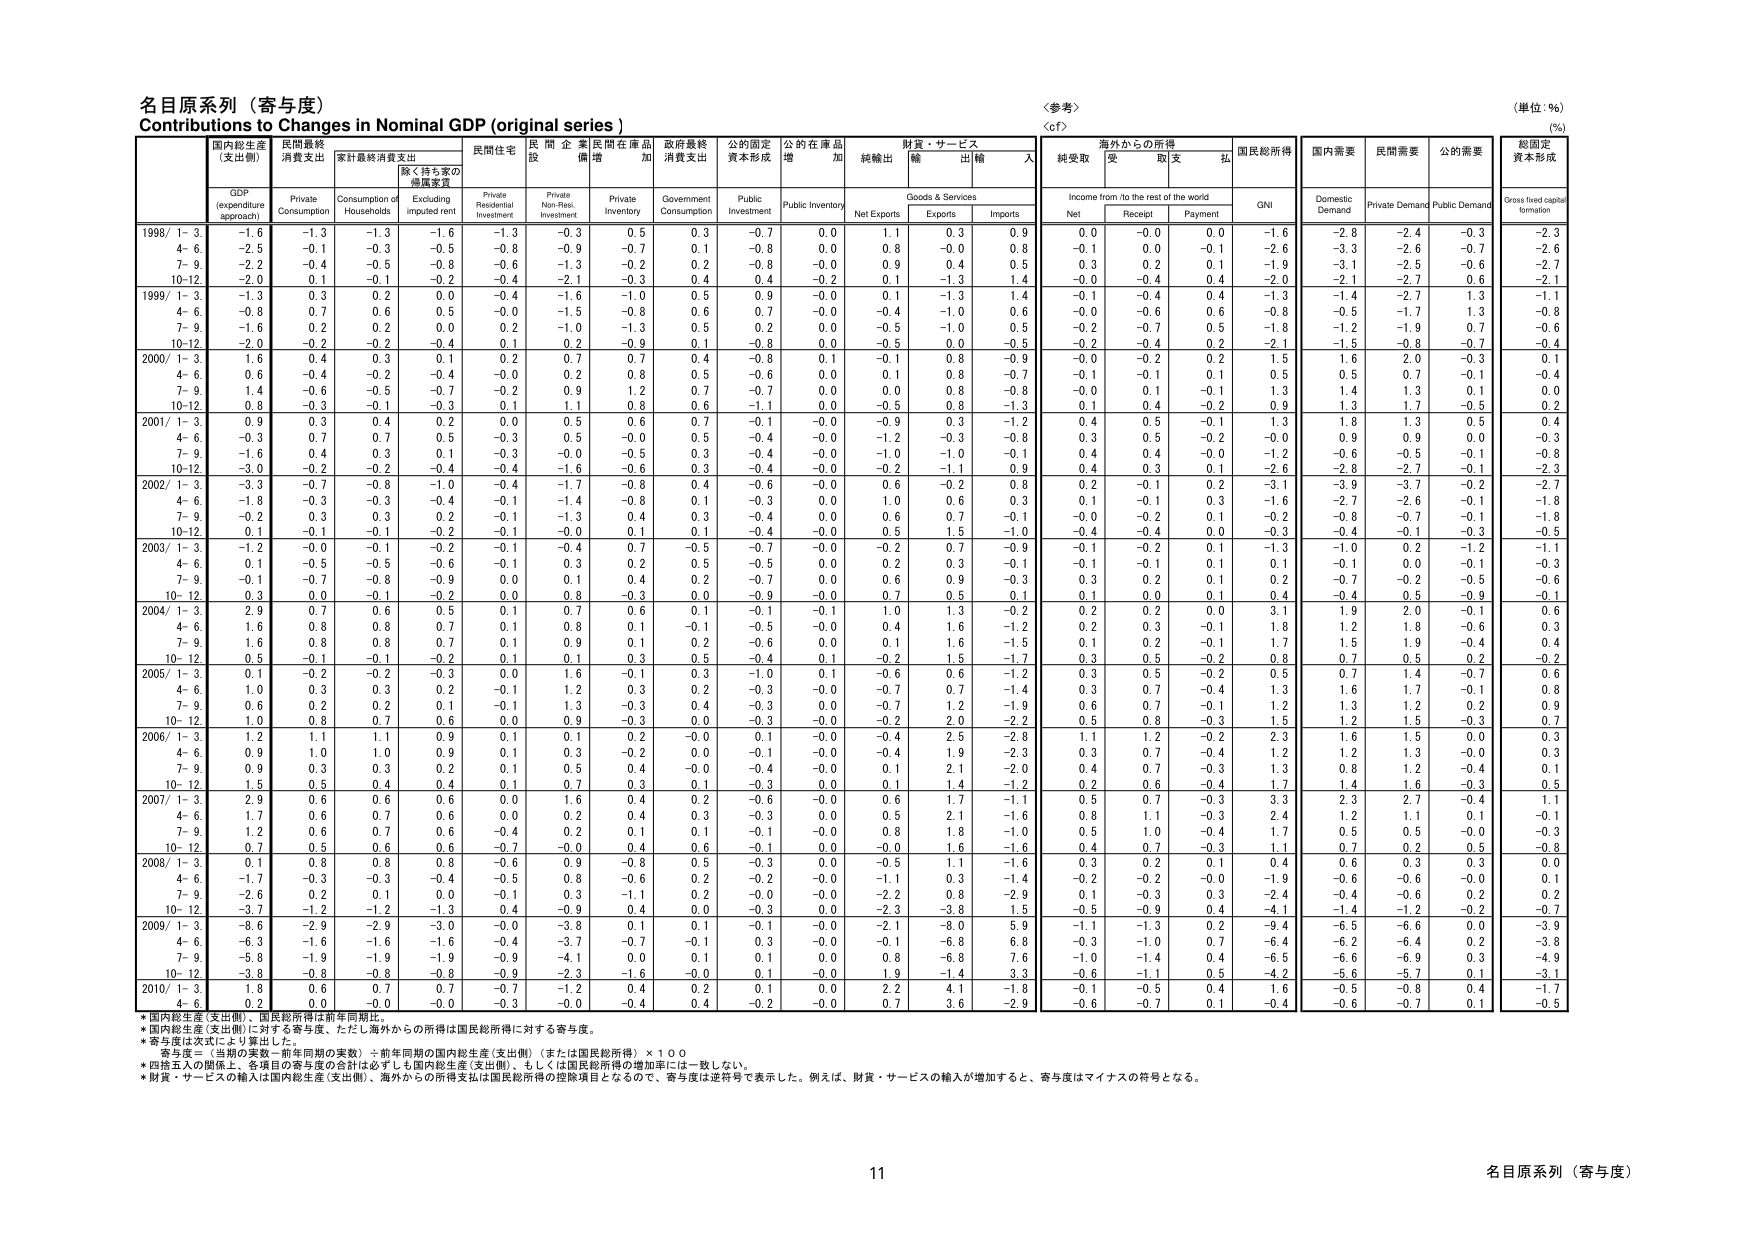
名目原系列（寄与度）
Contributions to Changes in Nominal GDP (original series)
＜参考＞
（単位：%）
（%）

GDP
(expenditure approach)
国内総生産
(支出側)
民間最終
消費支出
家計最終消費支出
除く持ち家の
帰属家賃
民間住宅
投資
民間企業
設備投資
民間在庫品
増加
政府最終
消費支出
公的固定
資本形成
公的在庫品
増加
純輸出
財貨・サービス
輸出
輸入
海外からの所得
純受取
受取
支払
国民総所得
国内需要
民間需要
公的需要
総固定
資本形成

Private
Consumption
Consumption of Households
Excluding imputed rent
Private
Residential
Investment
Private
Non-Res.
Investment
Private
Inventory
Government
Consumption
Public
Investment
Public Inventory
Net Exports
Goods & Services
Exports
Imports
Income from /to the rest of the world
Net
Receipt
Payment
GNI
Domestic
Demand
Private Demand
Public Demand
Gross fixed capital formation

1998/ 1- 3
-1.6
-1.3
-1.3
-1.6
-1.3
-0.3
0.5
0.3
-0.7
0.0
1.1
0.3
0.9
0.0
-0.0
0.0
-1.6
-2.8
-2.4
-0.3
-2.3
4- 6
-2.5
-0.1
-0.3
-0.5
-0.8
-0.9
-0.7
0.1
-0.8
0.0
0.8
-0.0
0.8
-0.1
0.0
-0.1
-2.6
-3.3
-2.6
-0.7
-2.6
7- 9
-2.2
-0.4
-0.5
-0.8
-0.6
-1.3
-0.2
0.2
-0.8
-0.0
0.9
0.4
0.5
0.3
0.2
0.1
-1.9
-3.1
-2.5
-0.6
-2.7
10-12
-2.0
0.1
-0.1
-0.2
-0.4
-2.1
-0.3
0.4
0.4
-0.2
0.1
-1.3
1.4
-0.0
-0.4
0.4
-2.0
-2.1
-2.7
0.6
-2.1

1999/ 1- 3
-1.3
0.3
0.2
0.0
-0.4
-1.6
-1.0
0.5
0.9
-0.0
0.1
-1.3
1.4
-0.1
-0.4
0.4
-1.3
-1.4
-2.7
1.3
-1.1
4- 6
-0.8
0.7
0.6
0.5
-0.0
-1.5
-0.8
0.6
0.7
-0.0
-0.4
-1.0
0.6
-0.0
-0.6
0.6
-0.8
-0.5
-1.7
1.3
-0.8
7- 9
-1.6
0.2
0.2
0.0
0.2
-1.0
-1.3
0.5
0.2
0.0
-0.5
-1.0
0.5
-0.2
-0.7
0.5
-1.8
-1.2
-1.9
0.7
-0.6
10-12
-2.0
-0.2
-0.2
-0.4
0.1
0.2
-0.9
0.1
-0.8
0.0
-0.5
0.0
-0.5
-0.2
-0.4
0.2
-2.1
-1.5
-0.8
-0.7
-0.4

2000/ 1- 3
1.6
0.4
0.3
0.1
0.2
0.7
0.7
0.4
-0.8
0.1
-0.1
0.8
-0.9
-0.0
-0.2
0.2
1.5
1.6
2.0
-0.3
0.1
4- 6
0.6
-0.4
-0.2
-0.4
-0.0
0.2
0.8
0.5
-0.6
0.0
0.1
0.8
-0.7
-0.1
-0.1
0.1
0.5
0.5
0.7
-0.1
-0.4
7- 9
1.4
-0.6
-0.5
-0.7
-0.2
0.9
1.2
0.7
-0.7
0.0
0.0
0.8
-0.8
-0.0
0.1
-0.1
1.3
1.4
1.3
0.1
0.0
10-12
0.8
-0.3
-0.1
-0.3
0.1
1.1
0.8
0.6
-1.1
0.0
-0.5
0.8
-1.3
0.1
0.4
-0.2
0.9
1.3
1.7
-0.5
0.2

2001/ 1- 3
0.9
0.3
0.4
0.2
0.0
0.5
0.6
0.7
-0.1
-0.0
-0.9
0.3
-1.2
0.4
0.5
-0.1
1.3
1.8
1.3
0.5
0.4
4- 6
-0.3
0.7
0.7
0.5
-0.3
0.5
-0.0
0.5
-0.4
-0.0
-1.2
-0.3
-0.8
0.3
0.5
-0.2
-0.0
0.9
0.9
0.0
-0.3
7- 9
-1.6
0.4
0.3
0.1
-0.3
-0.0
-0.5
0.3
-0.4
-0.0
-1.0
-1.0
-0.1
0.4
0.4
-0.0
-1.2
-0.6
-0.5
-0.1
-0.8
10-12
-3.0
-0.2
-0.2
-0.4
-0.4
-1.6
-0.6
0.3
-0.4
-0.0
-0.2
-1.1
0.9
0.4
0.3
0.1
-2.6
-2.8
-2.7
-0.1
-2.3

2002/ 1- 3
-3.3
-0.7
-0.8
-1.0
-0.4
-1.7
-0.8
0.4
-0.6
-0.0
0.6
-0.2
0.8
0.2
-0.1
0.2
-3.1
-3.9
-3.7
-0.2
-2.7
4- 6
-1.8
-0.3
-0.3
-0.4
-0.1
-1.4
-0.8
0.1
-0.3
0.0
1.0
0.6
0.3
0.1
-0.1
0.3
-1.6
-2.7
-2.6
-0.1
-1.8
7- 9
-0.2
0.3
0.3
0.2
-0.1
-1.3
0.4
0.3
-0.4
0.0
0.6
0.7
-0.1
-0.0
-0.2
0.1
-0.2
-0.8
-0.7
-0.1
-1.8
10-12
0.1
-0.1
-0.1
-0.2
-0.1
-0.0
0.1
0.1
-0.4
-0.0
0.5
1.5
-1.0
-0.4
-0.4
0.0
-0.3
-0.4
-0.1
-0.3
-0.5

2003/ 1- 3
-1.2
-0.0
-0.1
-0.2
-0.1
-0.4
0.7
-0.5
-0.7
-0.0
-0.2
0.7
-0.9
-0.1
-0.2
0.1
-1.3
-1.0
0.2
-1.2
-1.1
4- 6
0.1
-0.5
-0.5
-0.6
-0.1
0.3
0.2
0.5
-0.5
0.0
0.2
0.3
-0.1
-0.1
-0.1
0.1
0.1
-0.1
0.0
-0.1
-0.3
7- 9
-0.1
-0.7
-0.8
-0.9
0.0
0.1
0.4
0.2
-0.7
0.0
0.6
0.9
-0.3
0.3
0.2
0.1
0.2
-0.7
-0.2
-0.5
-0.6
10- 12
0.3
0.0
-0.1
-0.2
0.0
0.8
-0.3
0.0
-0.9
-0.0
0.7
0.5
0.1
0.1
0.0
0.1
0.4
-0.4
0.5
-0.9
-0.1

2004/ 1- 3
2.9
0.7
0.6
0.5
0.1
0.7
0.6
0.1
-0.1
-0.1
1.0
1.3
-0.2
0.2
0.2
0.0
3.1
1.9
2.0
-0.1
0.6
4- 6
1.6
0.8
0.8
0.7
0.1
0.8
0.1
-0.1
-0.5
-0.0
0.4
1.6
-1.2
0.2
0.3
-0.1
1.8
1.2
1.8
-0.6
0.3
7- 9
1.6
0.8
0.8
0.7
0.1
0.9
0.2
0.2
-0.6
0.0
0.1
1.6
-1.5
0.1
0.2
-0.1
1.7
1.5
1.9
-0.4
0.4
10- 12
0.5
-0.1
-0.1
-0.2
0.1
0.1
0.3
0.5
-0.4
0.1
-0.2
1.5
-1.7
0.3
0.5
-0.2
0.8
0.7
0.5
0.2
-0.2

2005/ 1- 3
0.1
-0.2
-0.2
-0.3
0.0
1.6
-0.1
0.3
-1.0
0.1
-0.6
0.6
-1.2
0.3
0.5
-0.2
0.5
0.7
1.4
-0.7
0.6
4- 6
1.0
0.3
0.3
0.2
-0.1
1.2
0.3
0.2
-0.3
-0.0
-0.7
0.7
-1.4
0.3
0.7
-0.4
1.3
1.6
1.7
-0.1
0.8
7- 9
0.6
0.2
0.2
0.1
-0.1
1.3
-0.3
0.4
-0.3
0.0
-0.7
1.2
-1.9
0.6
0.7
-0.1
1.2
1.3
1.2
0.2
0.9
10- 12
1.0
0.8
0.7
0.6
0.0
0.9
-0.3
0.0
-0.3
-0.0
-0.2
2.0
-2.2
0.5
0.8
-0.3
1.5
1.2
1.5
-0.3
0.7

2006/ 1- 3
1.2
1.1
1.1
0.9
0.1
0.1
0.2
-0.0
0.1
-0.0
-0.4
2.5
-2.8
1.1
1.2
-0.2
2.3
1.6
1.5
0.0
0.3
4- 6
0.9
1.0
1.0
0.9
0.1
0.3
-0.2
0.0
-0.1
-0.0
-0.4
1.9
-2.3
0.3
0.7
-0.4
1.2
1.2
1.3
-0.0
0.3
7- 9
0.9
0.3
0.3
0.2
0.1
0.5
0.4
-0.0
-0.4
-0.0
0.1
2.1
-2.0
0.4
0.7
-0.3
1.3
0.8
1.2
-0.4
0.1
10- 12
1.5
0.5
0.4
0.4
0.1
0.7
0.3
0.1
-0.3
0.0
0.1
1.4
-1.2
0.2
0.6
-0.4
1.7
1.4
1.6
-0.3
0.5

2007/ 1- 3
2.9
0.6
0.6
0.6
0.0
1.6
0.4
0.2
-0.6
-0.0
0.6
1.7
-1.1
0.5
0.7
-0.3
3.3
2.3
2.7
-0.4
1.1
4- 6
1.7
0.6
0.7
0.6
0.0
0.2
0.4
0.3
-0.3
0.0
0.5
2.1
-1.6
0.8
1.1
-0.3
2.4
1.2
1.1
0.1
-0.1
7- 9
1.2
0.6
0.7
0.6
-0.4
0.2
0.1
0.1
-0.1
-0.0
0.8
1.8
-1.0
0.5
1.0
-0.4
1.7
0.5
0.5
-0.0
-0.3
10- 12
0.7
0.5
0.6
0.6
-0.7
-0.0
0.4
0.6
-0.1
0.0
-0.0
1.6
-1.6
0.4
0.7
-0.3
1.1
0.7
0.2
0.5
-0.8

2008/ 1- 3
0.1
0.8
0.8
0.8
-0.6
0.9
-0.8
0.5
-0.3
0.0
-0.5
1.1
-1.6
0.3
0.2
0.1
0.4
0.6
0.3
0.3
0.0
4- 6
-1.7
-0.3
-0.3
-0.4
-0.5
0.8
-0.6
0.2
-0.2
-0.0
-1.1
0.3
-1.4
-0.2
-0.2
-0.0
-1.9
-0.6
-0.6
-0.0
0.1
7- 9
-2.6
0.2
0.1
0.0
-0.1
0.3
-1.1
0.2
-0.0
-0.0
-2.2
0.8
-2.9
0.1
-0.3
0.3
-2.4
-0.4
-0.6
0.2
0.2
10- 12
-3.7
-1.2
-1.2
-1.3
0.4
-0.9
0.4
0.0
-0.3
0.0
-2.3
-3.8
1.5
-0.5
-0.9
0.4
-4.1
-1.4
-1.2
-0.2
-0.7

2009/ 1- 3
-8.6
-2.9
-2.9
-3.0
-0.0
-3.8
0.1
0.1
-0.1
-0.0
-2.1
-8.0
5.9
-1.1
-1.3
0.2
-9.4
-6.5
-6.6
0.0
-3.9
4- 6
-6.3
-1.6
-1.6
-1.6
-0.4
-3.7
-0.7
-0.1
0.3
-0.0
-0.1
-6.8
6.8
-0.3
-1.0
0.7
-6.4
-6.2
-6.4
0.2
-3.8
7- 9
-5.8
-1.9
-1.9
-1.9
-0.9
-4.1
0.0
0.1
0.1
0.0
0.8
-6.8
7.6
-1.0
-1.4
0.4
-6.5
-6.6
-6.9
0.3
-4.9
10- 12
-3.8
-0.8
-0.8
-0.8
-0.9
-2.3
-1.6
-0.0
0.1
-0.0
1.9
-1.4
3.3
-0.6
-1.1
0.5
-4.2
-5.6
-5.7
0.1
-3.1

2010/ 1- 3
1.8
0.6
0.7
0.7
-0.7
-1.2
0.4
0.2
0.1
0.0
2.2
4.1
-1.8
-0.1
-0.5
0.4
1.6
-0.5
-0.8
0.4
-1.7
4- 6
0.2
0.0
-0.0
-0.0
-0.3
-0.0
-0.4
0.4
-0.2
-0.0
0.7
3.6
-2.9
-0.6
-0.7
0.1
-0.4
-0.6
-0.7
0.1
-0.5

*国内総生産（支出側）、国民総所得は前年同月比。
*国内総生産（支出側）に対する寄与度、ただし海外からの所得は国民総所得に対する寄与度。
*寄与度は次式により算出した。
　　寄与度＝（当期の実数－前年同期の実数）÷前年同期の国内総生産（支出側）（または国民総所得）×100
*四捨五入の関係上、各項目の寄与度の合計は必ずしも国内総生産（支出側）、もしくは国民総所得の増加率には一致しない。
*財貨・サービスの輸入は国内総生産（支出側）、海外からの所得支払は国民総所得の控除項目となるので、寄与度は逆符号で表示した。例えば、財貨・サービスの輸入が増加すると、寄与度はマイナスの符号となる。

11
名目原系列（寄与度）